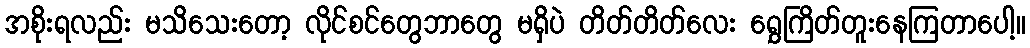
အစိုးရလည်း မသိသေးတော့ လိုင်စင်တွေဘာတွေ မရှိပဲ တိတ်တိတ်လေး ရွှေကြိတ်တူးနေကြတာပေါ့။